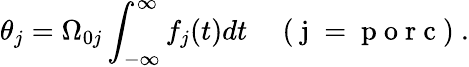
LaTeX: \theta_{j}=\Omega_{0j}\int_{-\infty}^{\infty}f_{j}(t)dt\quad\mathrm{~(~j~=~p~o~r~c~)~}.